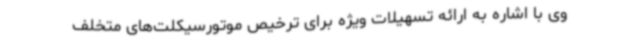
وی با اشاره به ارائه تسهیلات ویژه برای ترخیص موتورسیکلت‌های متخلف